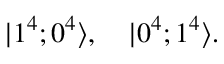
| 1 ^ { 4 } ; 0 ^ { 4 } \rangle , \quad | 0 ^ { 4 } ; 1 ^ { 4 } \rangle .